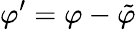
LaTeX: \varphi^{\prime}=\varphi-\tilde{\varphi}